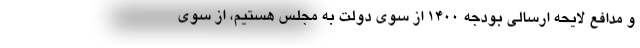
و مدافع لایحه ارسالی بودجه ۱۴۰۰ از سوی دولت به مجلس هستیم، از سوی